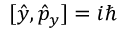
[ \hat { y } , \hat { p } _ { y } ] = i \hbar